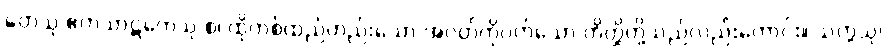
တေသု ဧကသာဋကေသု စ၊ ထိုတစ်ထည်တည်းသော အဝတ်ကိုဝတ်သော တိတ္ထိတို့သည်လည်းကောင်း။ သတ္တသု၊